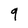
Character: 9